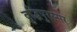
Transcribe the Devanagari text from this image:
बुद्धिपुरस्सर